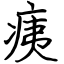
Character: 痍